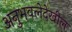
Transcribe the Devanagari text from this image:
अनुभवलेदेखील